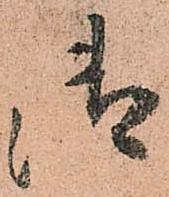
御